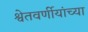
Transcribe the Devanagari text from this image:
श्वेतवर्णीयांच्या